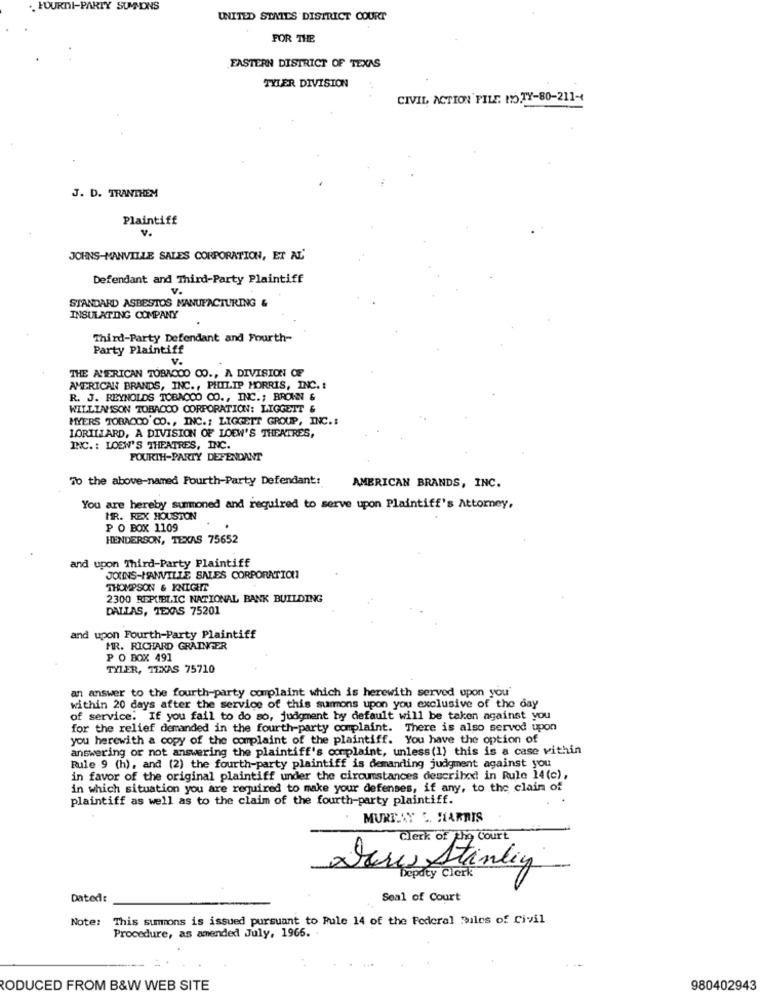
.. FOURNI-PARTY SUMMONS
UNITED STATES DISTRICT COURT
FOR THE
EASTERN DISTRICT OF TEXAS
THIER DIVISION
CIVIL ACTION PILE POTY-80-211-4
J. D. TRANTHEM
Plaintiff
V.
JOHNS-MANVILLE SALES CORPORATION, ET AL'
Defendant and Third-Party Plaintiff
V.
STANDARD ASBESTOS MANUFACTURING &
INSULATING COMPANY
Third-Party Defendant and Fourth-
Party Plaintiff
V.
THE AMERICAN TOBACCO CO ., A DIVISION OF
AMERICAN BRANDS, INC ., PHILIP MORRIS, INC .!
R. J. REYNOLDS TOBACCO CO ., INC .; BROWN &
WILLIAMSON TOBACCO CORPORATION: LIGGETT &
MYERS TOBACCO CO ., INC .: LIGGEIT GROUP, INC .:
LORILLARD, A DIVISION OF LOEW'S THEATRES,
INC. : LOEW'S THEATRES, INC.
FOURTH-PARTY DEFENDANT
To the above-named Fourth-Party Defendant:
AMERICAN BRANDS, INC.
You are hereby summoned and required to serve upon Plaintiff's Attorney,
MR. REX HOUSTON
P O BOX 1109
HENDERSON, TEXAS 75652
and upon Third-Party Plaintiff
JOUNS-HANVILLE SALES CORPORATION
THOMPSON & KNIGHT
2300 REPUBLIC NATIONAL BANK BUILDING
DALLAS, TEXAS 75201
and upon Fourth-Party Plaintiff
MR. RICHARD GRAINGER
P O BOX 491
TYLER, TEXAS 75710
an answer to the fourth-party complaint which is herewith served upon you'
within 20 days after the service of this summons upon you exclusive of the day
of service. If you fail to do so, judgment by default will be taken against you
for the relief demanded in the fourth-party complaint. There is also served upon
you herewith a copy of the complaint of the plaintiff. You have the option of
answering or not answering the plaintiff's complaint, unless (1) this is a case within
Rule 9 (h), and (2) the fourth-party plaintiff is demanding judgment against you
in favor of the original plaintiff under the circumstances described! in Rule 14(c),
in which situation you are required to make your defenses, if any, to the claim of
plaintiff as well as to the claim of the fourth-party plaintiff.
MURT AY C. HARRIS
Clerk of the Court
Der Stanley
Depaty Clerk
Dated:
Seal of Court
Note:
This summons is issued pursuant to Rule 14 of the Federal Rules of Civil
Procedure, as amended July, 1966 ..
PODUCED FROM B&W WEB SITE
980402943